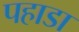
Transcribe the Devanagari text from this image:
पहाडा